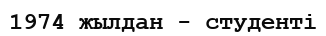
1974 жылдан - студенті